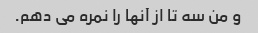
و من سه تا از آنها را نمره می دهم.